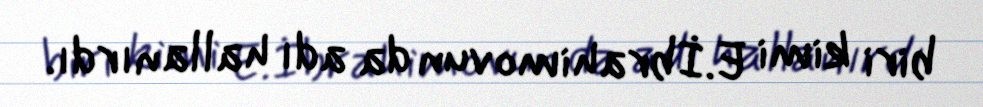
biri kimi E.İbrahimovun da adı hallanırdı.